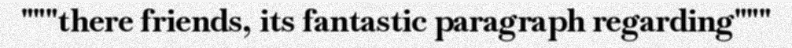
"""there friends, its fantastic paragraph regarding"""